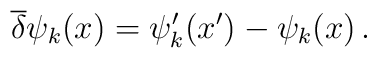
\overline{\delta} \psi_k (x) = \psi'_k (x') - \psi_k (x)\, .